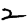
Digit: 2